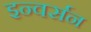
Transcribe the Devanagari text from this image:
इन्वर्सन